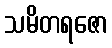
သမိတရဇော